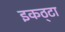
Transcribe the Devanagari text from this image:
इकठ्‌टा